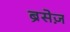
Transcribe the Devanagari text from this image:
ब्रेसेज़